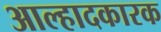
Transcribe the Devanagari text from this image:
आल्हादकारक